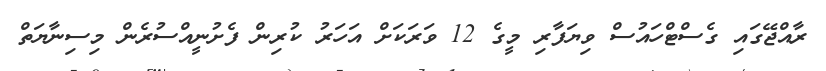
ރާއްޖޭގައި ގެސްޓްހައުސް ވިޔަފާރި މީގެ 12 ވަރަކަށް އަހަރު ކުރިން ފެށުނީއްސުރެން މިސިނާޔަތް